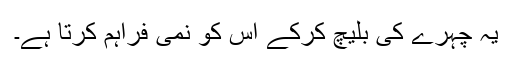
یہ چہرے کی بلیچ کرکے اِس کو نمی فراہم کرتا ہے۔